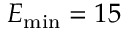
E _ { \mathrm { m i n } } = 1 5